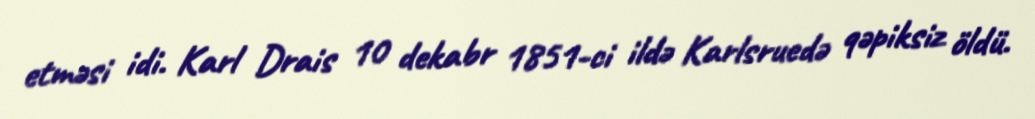
etməsi idi. Karl Drais 10 dekabr 1851-ci ildə Karlsruedə qəpiksiz öldü.